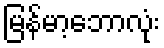
မြန်မာ့ဘောလုံး